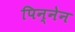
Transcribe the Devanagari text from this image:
पिन्नेन